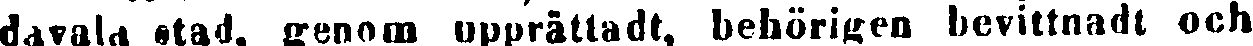
davala stad, genom upprättadt, behörigen bevittnadt och